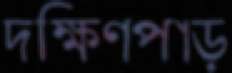
দক্ষিণপাড়